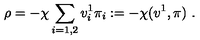
\rho = - \chi \sum _ { i = 1 , 2 } v _ { i } ^ { 1 } \pi _ { i } : = - \chi ( v ^ { 1 } , \pi ) \ .